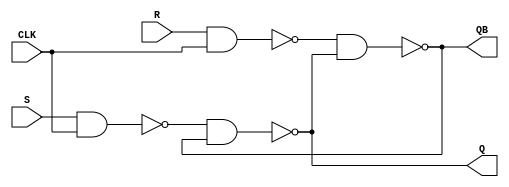
`timescale 1ns / 1ps
//////////////////////////////////////////////////////////////////////////////////

// ID          : N180116
//Branch       : ECE
//Project Name : RTL design using Verilog
//Design  Name : Gated SR Latch
//Module  Name : SR_Latch
//RGUKT NUZVID 
//////////////////////////////////////////////////////////////////////////////////


module SR_Latch(CLK,S,R,Q,QB);
input CLK,S,R;
output Q,QB;

wire w1,w2;
nand n0(w1,S,CLK);
nand n1(w2,R,CLK);
nand n3(Q,w1,QB);
nand n4(QB,w2,Q);
endmodule